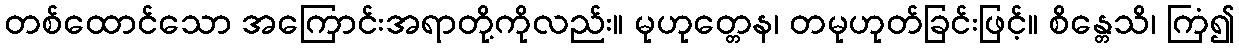
တစ်ထောင်သော အကြောင်းအရာတို့ကိုလည်း။ မုဟုတ္တေန၊ တမုဟုတ်ခြင်းဖြင့်။ စိန္တေသိ၊ ကြံ၍